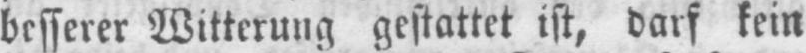
besserer Witterung gestattet ist, darf kein